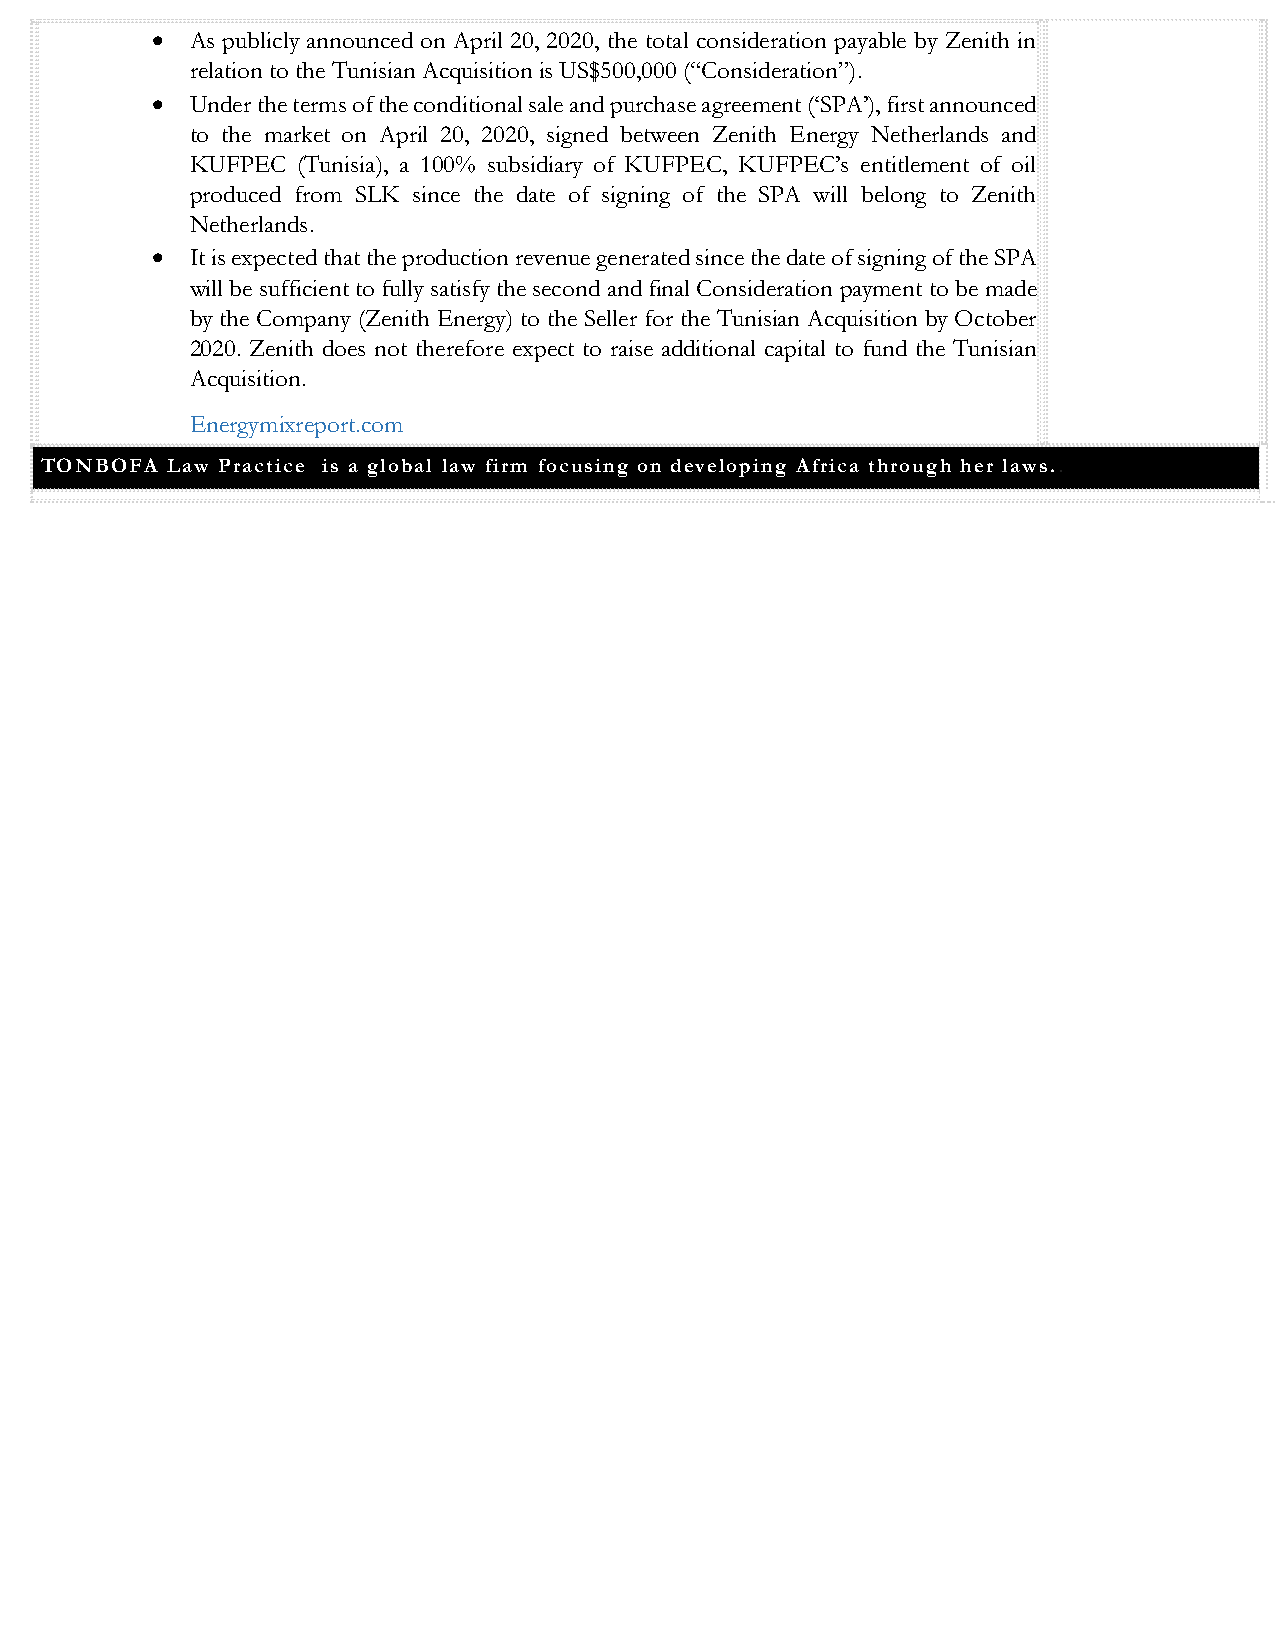
•  As publicly announced on April 20, 2020, the total consideration payable by Zenith in
 relation to the Tunisian Acquisition is US$500,000 (“Consideration”).
 •  Under the terms of the conditional sale and purchase agreement (‘SPA’), first announced
 to the market on April 20, 2020, signed between Zenith Energy Netherlands and
 KUFPEC (Tunisia), a 100% subsidiary of KUFPEC, KUFPEC’s entitlement of oil
 produced from SLK since the date of signing of the SPA will belong to Zenith
 Netherlands.
 •  It is expected that the production revenue generated since the date of signing of the SPA
 will be sufficient to fully satisfy the second and final Consideration payment to be made
 by the Company (Zenith Energy) to the Seller for the Tunisian Acquisition by October
 2020. Zenith does not therefore expect to raise additional capital to fund the Tunisian
 Acquisition.
 Energymixreport.com
 TONBOFA Law Practice is a global law firm focusing on developing Africa through her laws..